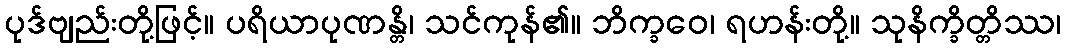
ပုဒ်ဗျည်းတို့ဖြင့်။ ပရိယာပုဏန္တိ၊ သင်ကုန်၏။ ဘိက္ခဝေ၊ ရဟန်းတို့။ သုနိက္ခိတ္တိဿ၊